Vaccination in Burma 1920-1933 - 1920-1933
Year: 1920
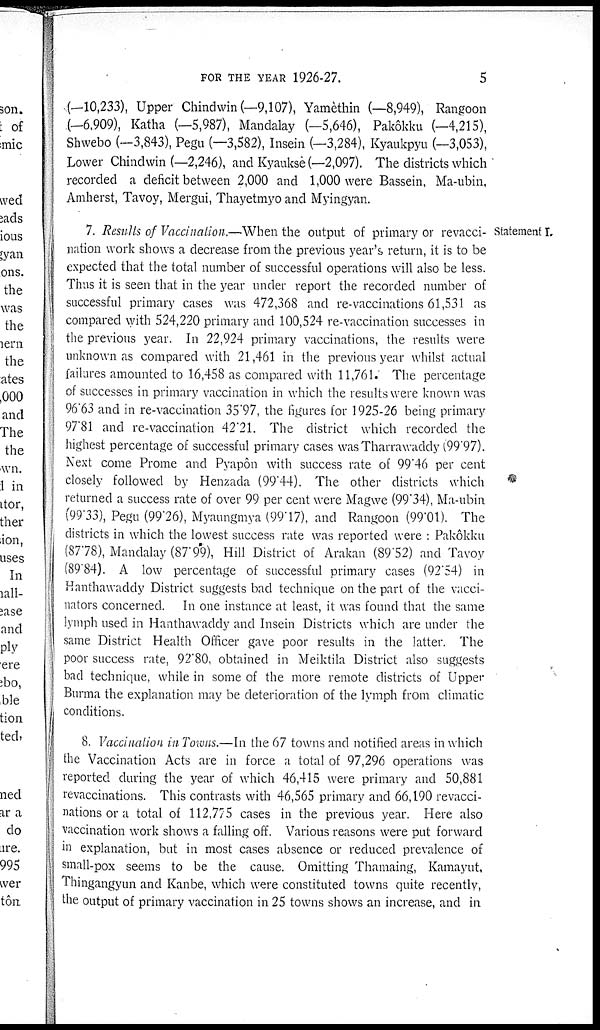
FOR THE YEAR 1926-27.
5
(—10,233), Upper Chindwin (—9,107), Yamèthin (—8,949), Rangoon
(—6,909), Katha (—5,987), Mandalay (—5,646), Pakôkku (—4,215),
Shwebo (—3,843), Pegu (—3,582), Insein (—3,284), Kyaukpyu (—3,053),
Lower Chindwin (—2,246), and Kyaukse(—2,097). The districts which
recorded a deficit between 2,000 and 1,000 were Bassein, Ma-ubin,
Amherst, Tavoy, Mergui, Thayetmyo and Myingyan.
Statement I.
7. Results of Vaccination.—When the output of primary or revacci-
nation work shows a decrease from the previous year's return, it is to be
expected that the total number of successful operations will also be less.
Thus it is seen that in the year under report the recorded number of
successful primary cases was 472,368 and re-vaccinations 61,531 as
compared with 524,220 primary and 100,524 re-vaccination successes in
the previous year. In 22,924 primary vaccinations, the results were
unknown as compared with 21,461 in the previous year whilst actual
failures amounted to 16,458 as compared with 11,761. The percentage
of successes in primary vaccination in which the results were known was
96.63 and in re-vaccination 35.97, the figures for 1925-26 being primary
97.81 and re-vaccination 42.21. The district which recorded the
highest percentage of successful primary cases was Tharrawaddy (99.97).
Next come Prome and Pyapôn with success rate of 99'46 per cent
closely followed by Henzada (99.44). The other districts which
returned a success rate of over 99 per cent were Magwe (99.34), Ma-ubin
(99.33), Pegu (99.26), Myaungmya (99.17), and Rangoon (99.01). The
districts in which the lowest success rate was reported were : Pakôkku
(87.78), Mandalay (87.99), Hill District of Arakan (89.52) and Tavoy
(89.84). A low percentage of successful primary cases (92.54) in
Hanthawaddy District suggests bad technique on the part of the vacci-
nators concerned. In one instance at least, it was found that the same
lymph used in Hanthawaddy and Insein Districts which are under the
same District Health Officer gave poor results in the latter. The
poor success rate, 92.80, obtained in Meiktila District also suggests
bad technique, while in some of the more remote districts of Upper
Burma the explanation may be deterioration of the lymph from climatic
conditions.
8. Vaccination in Towns.—In the 67 towns and notified areas in which
the Vaccination Acts are in force a total of 97,296 operations was
reported during the year of which 46,415 were primary and 50,881
revaccinations. This contrasts with 46,565 primary and 66,190 revacci-
nations or a total of 112,775 cases in the previous year. Here also
vaccination work shows a falling off. Various reasons were put forward
in explanation, but in most cases absence or reduced prevalence of
small-pox seems to be the cause. Omitting Thamaing, Kamayut,
Thingangyun and Kanbe, which were constituted towns quite recently,
the output of primary vaccination in 25 towns shows an increase, and in